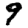
Digit: 9